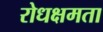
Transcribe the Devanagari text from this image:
रोधक्षमता